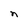
Character: n